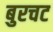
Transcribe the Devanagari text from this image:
बुरचट